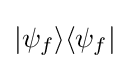
|\psi _{f}\rangle \langle \psi _{f}|